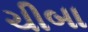
ચીબા